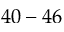
4 0 - 4 6